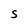
Character: S